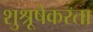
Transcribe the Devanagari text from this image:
शुश्रूषेकरता